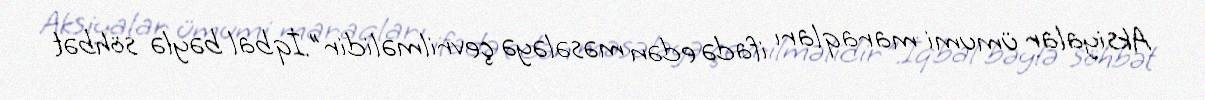
Aksiyalar ümumi maraqları ifadə edən məsələyə çevrilməlidir".İqbal bəylə söhbət